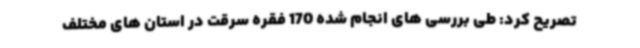
تصریح کرد: طی بررسی های انجام شده 170 فقره سرقت در استان های مختلف